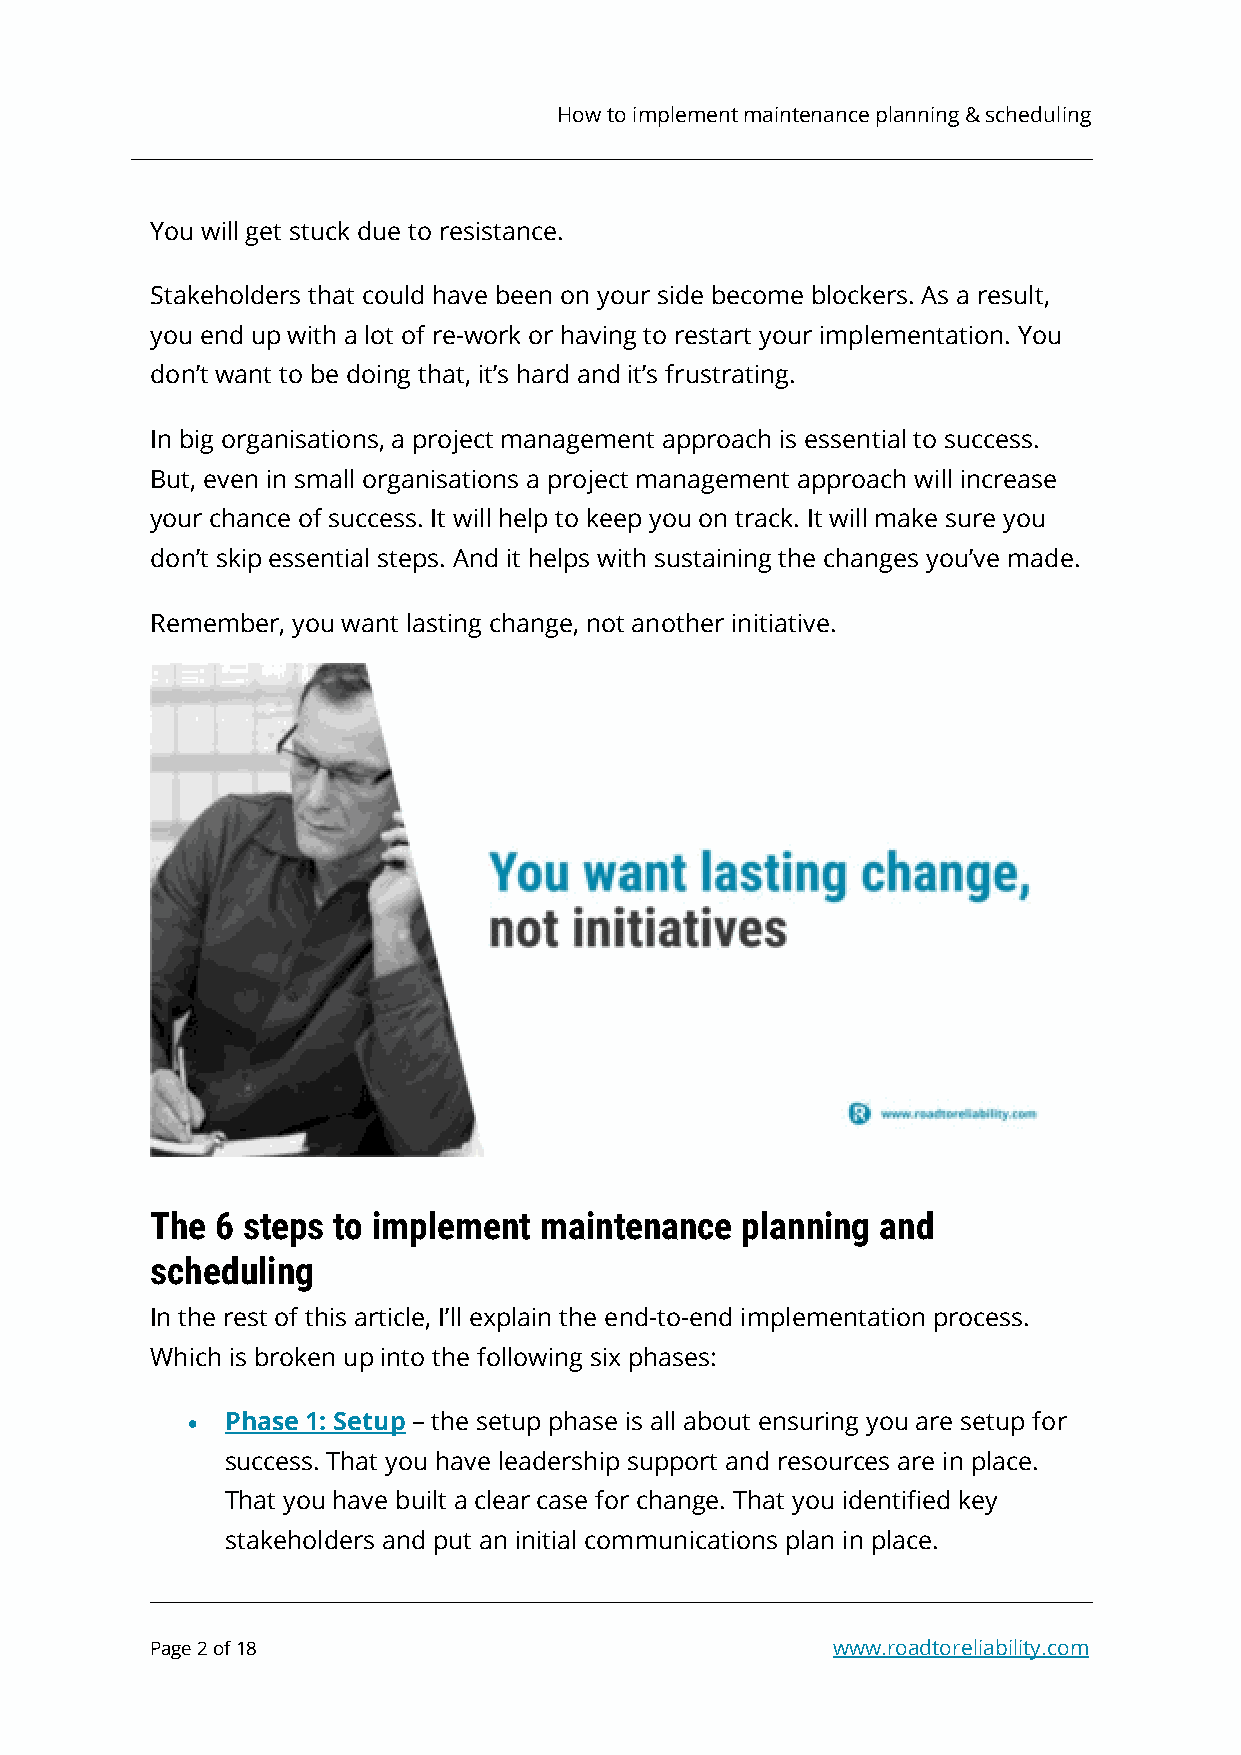
How to implement maintenance planning & scheduling
 You will get stuck due to resistance.
 Stakeholders that could have been on your side become blockers. As a result,
 you end up with a lot of re-work or having to restart your implementation. You
 don’t want to be doing that, it’s hard and it’s frustrating.
 In big organisations, a project management approach is essential to success.
 But, even in small organisations a project management approach will increase
 your chance of success. It will help to keep you on track. It will make sure you
 don’t skip essential steps. And it helps with sustaining the changes you’ve made.
 Remember, you want lasting change, not another initiative.
 The 6 steps to implement  maintenance  planning and
 scheduling
 In the rest of this article, I’ll explain the end-to-end implementation process.
 Which is broken up into the following six phases:
 •  Phase 1: Setup – the setup phase is all about ensuring you are setup for
 success. That you have leadership support and resources are in place.
 That you have built a clear case for change. That you identified key
 stakeholders and put an initial communications plan in place.
 Page 2 of 18                                 www.roadtoreliability.com